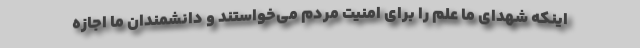
اینکه شهدای ما علم را برای امنیت مردم می‌خواستند و دانشمندان ما اجازه